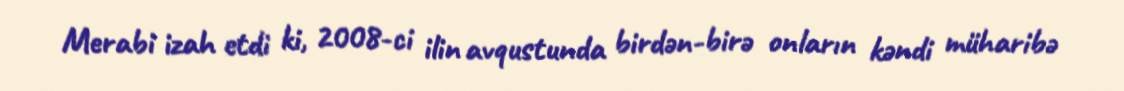
Merabi izah etdi ki, 2008-ci ilin avqustunda birdən-birə onların kəndi müharibə